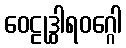
ဝေဠုဒွါရဝဂ္ဂေါ